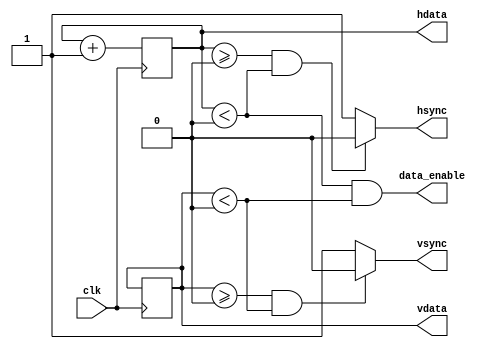
`timescale 1ns / 1ps
//
// WIDTH: bits in register hdata & vdata
// HSIZE: horizontal size of visible field 
// HFP: horizontal front of pulse
// HSP: horizontal stop of pulse
// HMAX: horizontal max size of value
// VSIZE: vertical size of visible field 
// VFP: vertical front of pulse
// VSP: vertical stop of pulse
// VMAX: vertical max size of value
// HSPP: horizontal synchro pulse polarity (0 - negative, 1 - positive)
// VSPP: vertical synchro pulse polarity (0 - negative, 1 - positive)
//
module vga
#(parameter WIDTH = 0, HSIZE = 0, HFP = 0, HSP = 0, HMAX = 0, VSIZE = 0, VFP = 0, VSP = 0, VMAX = 0, HSPP = 0, VSPP = 0)
(
    input wire clk,
    //output reg [18:0] addr,
    output reg [WIDTH - 1:0] hdata,
    output reg [WIDTH - 1:0] vdata,
    output wire hsync,
    output wire vsync,
    output wire data_enable
);

// init
initial begin
    hdata <= 0;
    vdata <= 0;
    //addr <= 19'b0;
end

// hdata
always @ (posedge clk)
begin
    if (hdata == (HMAX - 1))
        hdata <= 0;
    else
        hdata <= hdata + 1;
end

// vdata
always @ (posedge clk)
begin
    if (hdata == (HMAX - 1)) 
    begin
        if (vdata == (VMAX - 1))
            vdata <= 0;
        else
            vdata <= vdata + 1;
    end
end

// 
/*always @ (posedge clk) begin
    if (hdata == 0 & vdata == 0) begin
        addr <= 19'b0; 
    end else begin
        if (data_enable) begin
            addr <= addr + 1;
        end
    end
end*/

// hsync & vsync & blank
assign hsync = ((hdata >= HFP) && (hdata < HSP)) ? HSPP : !HSPP;
assign vsync = ((vdata >= VFP) && (vdata < VSP)) ? VSPP : !VSPP;
assign data_enable = ((hdata < HSIZE) & (vdata < VSIZE));

endmodule

// thinpad_top.v
/*
wire [11:0] hdata;      // 
wire [11:0] vdata;      // 

// 
assign video_red = hdata < 266 ? 3'b111 : 0; //
assign video_green = hdata < 532 && hdata >= 266 ? 3'b111 : 0; //
assign video_blue = hdata >= 532 ? 2'b11 : 0; //

// 
assign video_red = vdata < 199 ? 3'b111 : 0; //
assign video_green = vdata < 399 && vdata >= 199 ? 3'b111 : 0; //
assign video_blue = vdata >= 399 ? 2'b11 : 0; //

assign video_clk = clk_50M;
vga #(12, 800, 856, 976, 1040, 600, 637, 643, 666, 1, 1) vga800x600at75 (
    .clk(clk_50M), 
    .hdata(hdata), //
    .vdata(vdata),      //
    .hsync(video_hsync),
    .vsync(video_vsync),
    .data_enable(video_de)
);*/